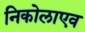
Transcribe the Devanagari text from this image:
निकोलाएव